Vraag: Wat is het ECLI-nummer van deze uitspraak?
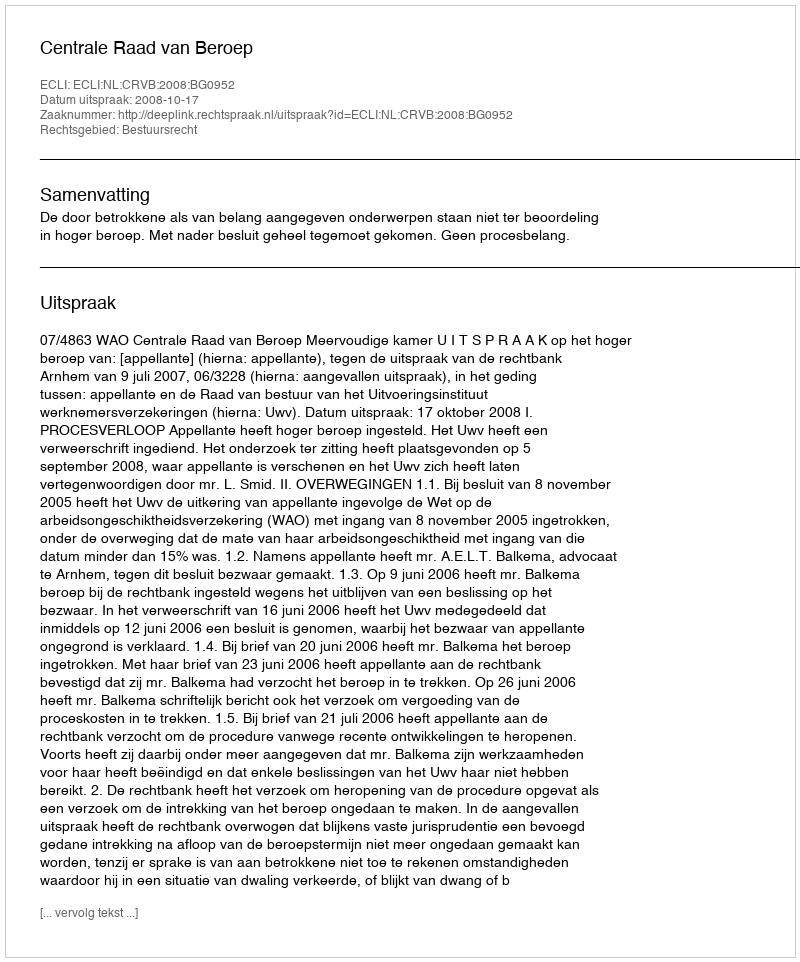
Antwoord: ECLI:NL:CRVB:2008:BG0952